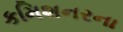
કમિશનરના